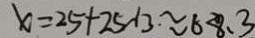
x = 2 5 + 2 5 \sqrt { 3 } \approx 6 8 . 3